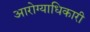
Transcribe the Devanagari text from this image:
आरोग्याधिकारी